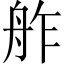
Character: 舴